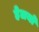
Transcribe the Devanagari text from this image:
हेलयो